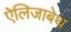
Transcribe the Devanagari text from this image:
ऐलिजाबेथ